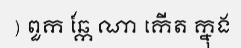
) ពួក ឆ្កែ ណា កើត ក្នុង